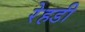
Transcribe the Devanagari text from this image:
रेहडी